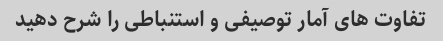
تفاوت های آمار توصیفی و استنباطی را شرح دهید